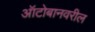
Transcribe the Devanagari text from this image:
ऑटोबानवरील